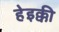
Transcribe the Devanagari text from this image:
हेइक्की